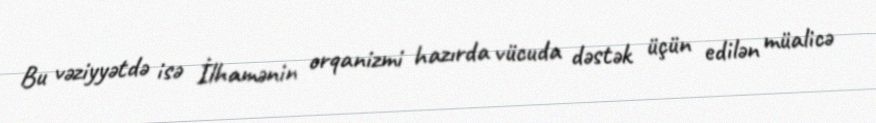
Bu vəziyyətdə isə İlhamənin orqanizmi hazırda vücuda dəstək üçün edilən müalicə